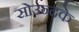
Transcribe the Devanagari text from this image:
सोउन्दके